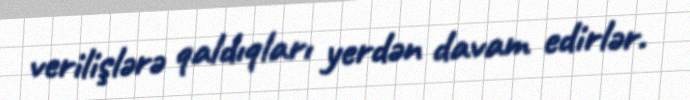
verilişlərə qaldıqları yerdən davam edirlər.